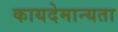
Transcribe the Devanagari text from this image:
कायदेमान्यता